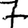
Digit: 7